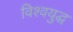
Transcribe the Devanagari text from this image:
विश्‍वयुद्ध